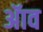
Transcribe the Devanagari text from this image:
ॲाव